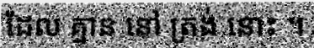
ដែល គ្មាន នៅ ត្រង់ នោះ ។